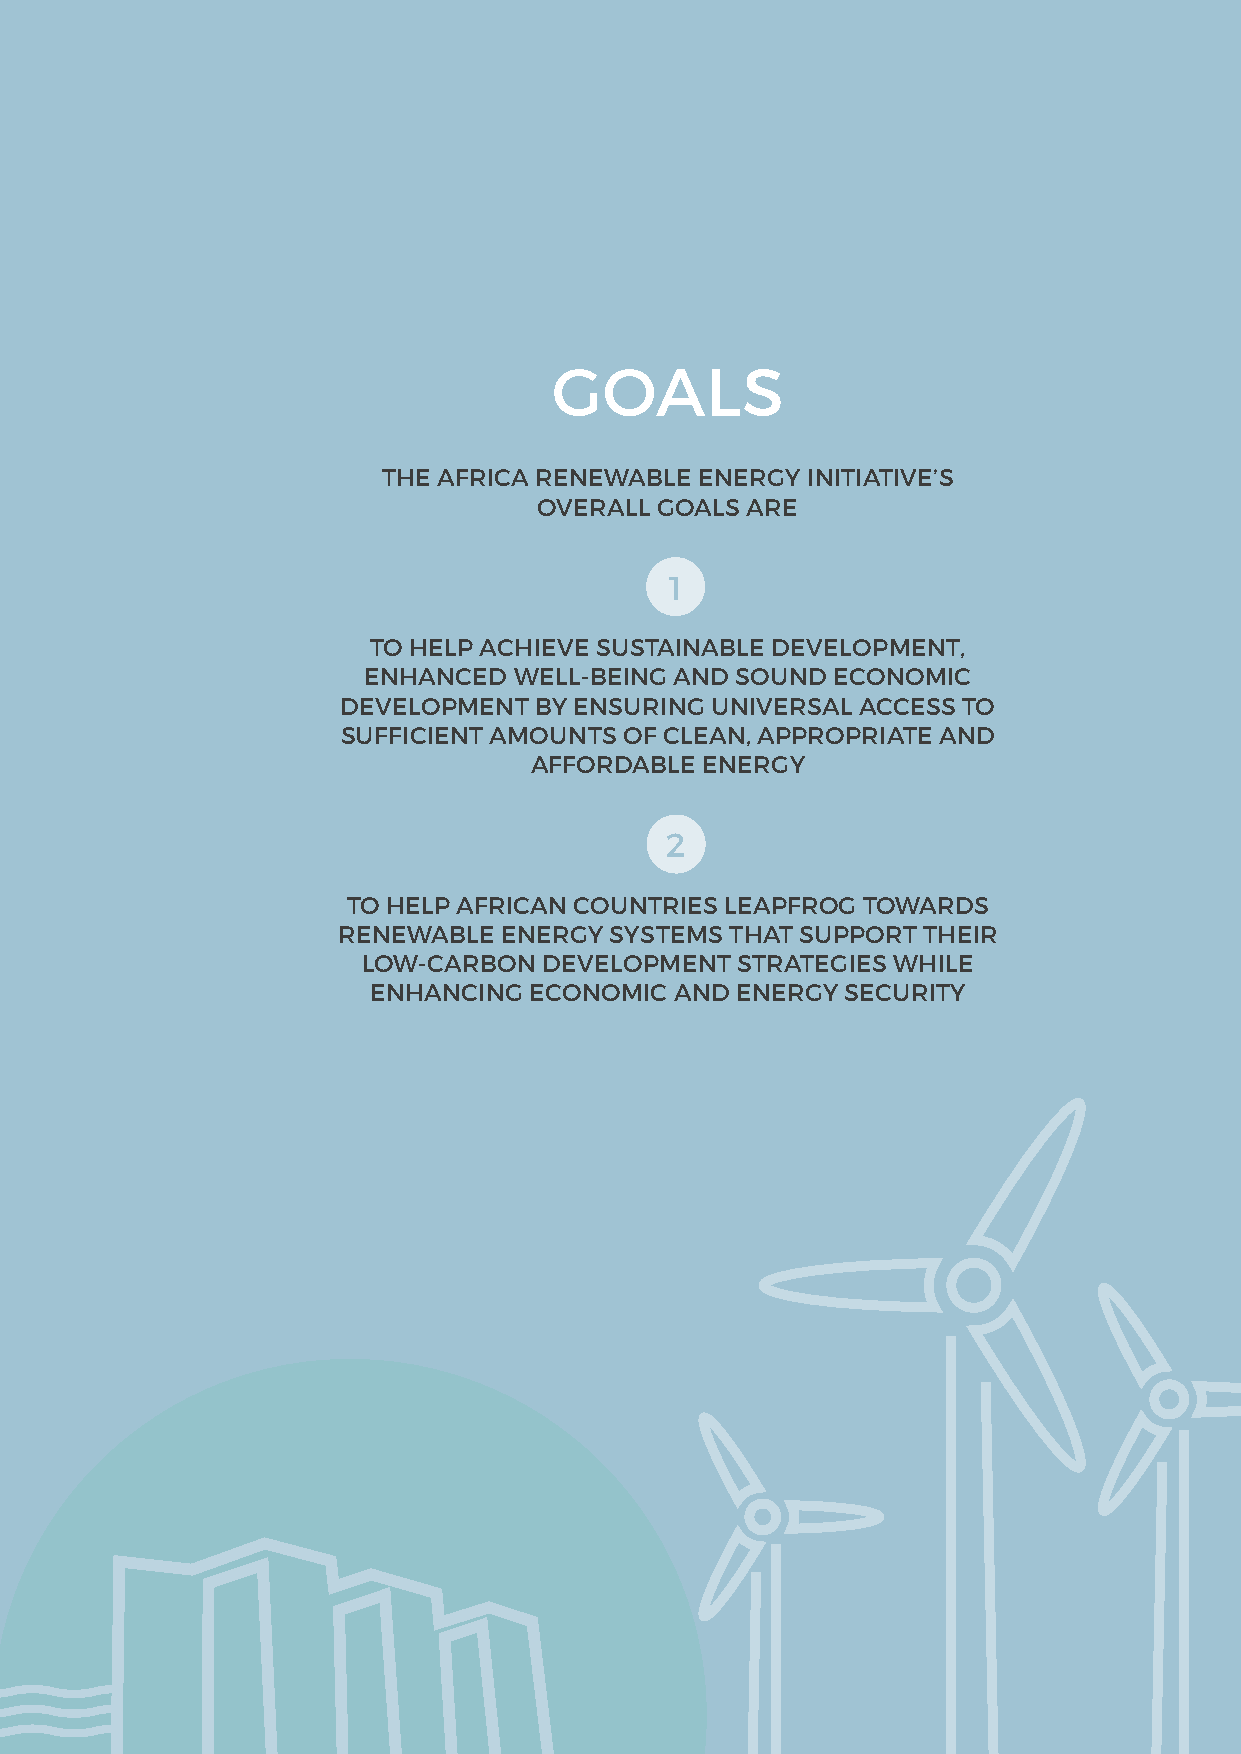
GOALS
 THE AFRICA RENEWABLE ENERGY INITIATIVE’S
 OVERALL GOALS ARE
 1
 TO HELP ACHIEVE SUSTAINABLE DEVELOPMENT,
 ENHANCED  WELL-BEING AND SOUND ECONOMIC
 DEVELOPMENT BY ENSURING UNIVERSAL ACCESS TO
 SUFFICIENT AMOUNTS OF CLEAN, APPROPRIATE AND
 AFFORDABLE ENERGY
 2
 TO HELP AFRICAN COUNTRIES LEAPFROG TOWARDS
 RENEWABLE  ENERGY SYSTEMS THAT SUPPORT THEIR
 LOW-CARBON  DEVELOPMENT  STRATEGIES WHILE
 ENHANCING  ECONOMIC  AND ENERGY SECURITY
 5